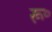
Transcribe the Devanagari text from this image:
रू॰